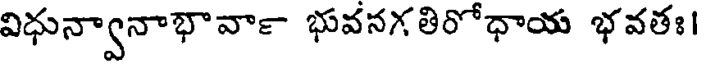
విధున్వానాభావా౯ భువనగతిరోధాయ భవతః।